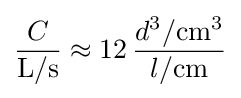
{\frac {C}{\mathrm {L} /\mathrm {s} }}\approx 12\,{\frac {d^{3}/\mathrm {cm} ^{3}}{l/\mathrm {cm} }}